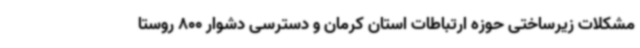
مشکلات زیرساختی حوزه ارتباطات استان کرمان و دسترسی دشوار 800 روستا